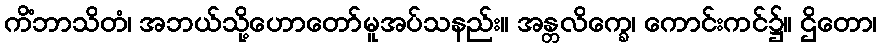
ကိံဘာသိတံ၊ အဘယ်သို့ဟောတော်မူအပ်သနည်း။ အန္တလိက္ခေ၊ ကောင်းကင်၌။ ဌိတော၊